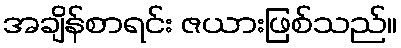
အချိန်စာရင်း ဇယားဖြစ်သည်။